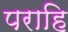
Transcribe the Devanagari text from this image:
पराहि